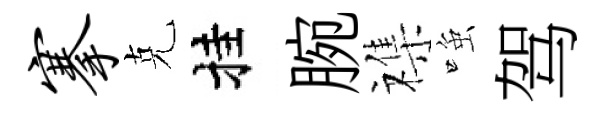
搴克挂腕襍𫪻驾